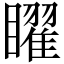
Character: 矅